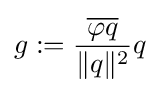
g:={\frac {\overline {\varphi q}}{\|q\|^{2}}}q